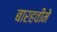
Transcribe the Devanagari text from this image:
बारहवींमें